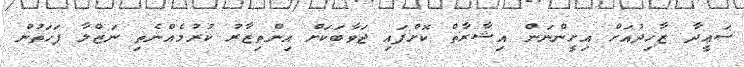
ސަޢީދާ ޒާހިދުއަށް އިށީންނަން އިޝާރާތް ކޮށްފައި ޖަވާބަކަށް އިންތިޒާރު ކުރުމެއްނެތި ނަޒްލާ ފަހަތުން